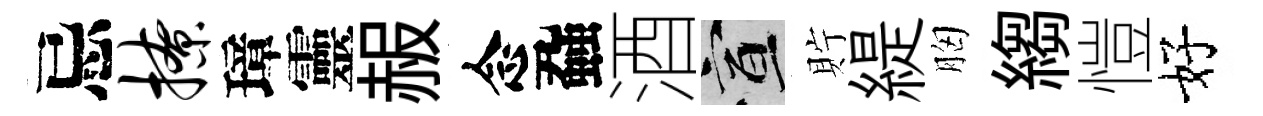
忌撩璋靈赧念蝨酒宣貯緹胸縐愷好